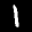
Label: 1